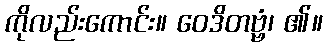
ကိုလည်းကောင်း။ ဝေဒိတဗ္ဗံ၊ ၏။